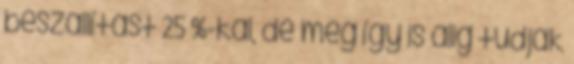
beszállítást 25 %-kal, de még így is alig tudják